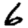
Digit: 6